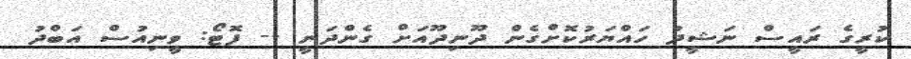
ކުރީގެ ރައީސް ނަޝީދު ހައްޔަރުކޮށްގެން ދޫނިދޫއަށް ގެންދަނީ -- ފޮޓޯ: ވީނިއުސް އަބްދު